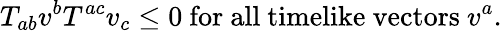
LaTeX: T_{ab}v^{b}T^{ac}v_{c}\leq 0\mathrm{~for~all~timelike~vectors~}v^{a}.